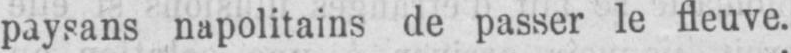
paysans napolitains de passer le fleuve.